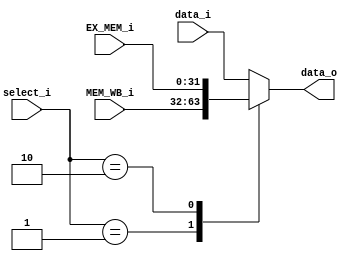
`timescale 1ns / 1ps
//////////////////////////////////////////////////////////////////////////////////
// Company: 
// Engineer: 
// 
// Design Name: 
// Module Name: Forwarding_MUX
// Project Name: 
// Target Devices: 
// Tool Versions: 
// Description: 
// 
// Dependencies: 
// 
// Revision:
// Revision 0.01 - File Created
// Additional Comments:
// 
//////////////////////////////////////////////////////////////////////////////////


module ForwardingMUX(
    select_i,
    data_i,
    EX_MEM_i,
    MEM_WB_i,
    data_o
);

input	[1:0]		select_i;
input	[31:0]		data_i, EX_MEM_i, MEM_WB_i;
output reg[31:0]	data_o;


always @(*) begin
	case(select_i)
        2'b00: data_o = data_i;

        2'b01: data_o = MEM_WB_i;

		2'b10: data_o = EX_MEM_i;	

        default : data_o = data_i;
	endcase
end

endmodule